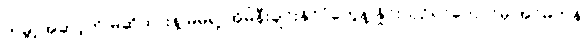
ကမ္ဘာ့အဆင့်ကို မဆိုထားနဲ့ မိမိရဲ့ အိမ်နီးချင်းနိုင်ငံတွေနဲ့ နှိုင်းယှဉ်ရင်တောင်မှ အင်မတန်